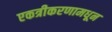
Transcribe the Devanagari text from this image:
एकत्रीकरणामधून